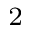
^ { 2 }